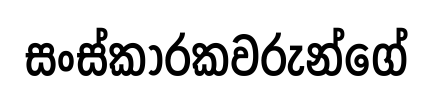
සංස්කාරකවරුන්ගේ